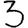
Digit: 3